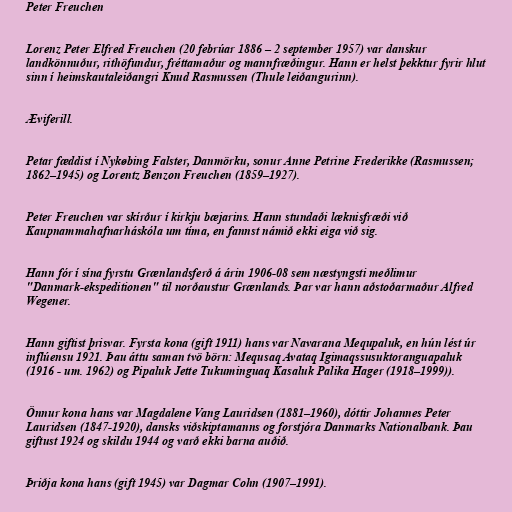
Peter Freuchen

Lorenz Peter Elfred Freuchen (20 febrúar 1886 – 2 september 1957) var danskur
landkönnuður, rithöfundur, fréttamaður og mannfræðingur. Hann er helst þekktur fyrir hlut
sinn í heimskautaleiðangri Knud Rasmussen (Thule leiðangurinn).

Æviferill.

Petar fæddist í Nykøbing Falster, Danmörku, sonur Anne Petrine Frederikke (Rasmussen;
1862–1945) og Lorentz Benzon Freuchen (1859–1927).

Peter Freuchen var skírður í kirkju bæjarins. Hann stundaði læknisfræði við
Kaupnammahafnarháskóla um tíma, en fannst námið ekki eiga við sig.

Hann fór í sína fyrstu Grænlandsferð á árin 1906-08 sem næstyngsti meðlimur
"Danmark-ekspeditionen" til norðaustur Grænlands. Þar var hann aðstoðarmaður Alfred
Wegener.

Hann giftist þrisvar. Fyrsta kona (gift 1911) hans var Navarana Mequpaluk, en hún lést úr
inflúensu 1921. Þau áttu saman tvö börn: Mequsaq Avataq Igimaqssusuktoranguapaluk
(1916 - um. 1962) og Pipaluk Jette Tukuminguaq Kasaluk Palika Hager (1918–1999)).

Önnur kona hans var Magdalene Vang Lauridsen (1881–1960), dóttir Johannes Peter
Lauridsen (1847-1920), dansks viðskiptamanns og forstjóra Danmarks Nationalbank. Þau
giftust 1924 og skildu 1944 og varð ekki barna auðið.

Þriðja kona hans (gift 1945) var Dagmar Cohn (1907–1991).